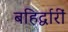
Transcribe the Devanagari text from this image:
बहिर्द्वारीं